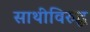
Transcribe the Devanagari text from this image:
साथीविरुद्ध